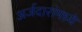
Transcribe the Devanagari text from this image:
अर्जदारांमध्ये